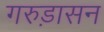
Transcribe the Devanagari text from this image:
गरुड़ासन